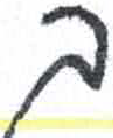
אות: ך